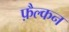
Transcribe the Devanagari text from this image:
फ़ैल्कन